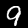
Digit: 9